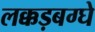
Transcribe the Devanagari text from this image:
लक्कड़बग्घे